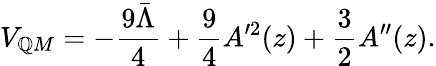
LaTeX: V_{\mathbb{Q}M}=-\frac{{9\bar{{\Lambda}}}}{{4}}+\frac{{9}}{{4}}A^{\prime2}(z)+\frac{{3}}{{2}}A^{\prime\prime}(z).